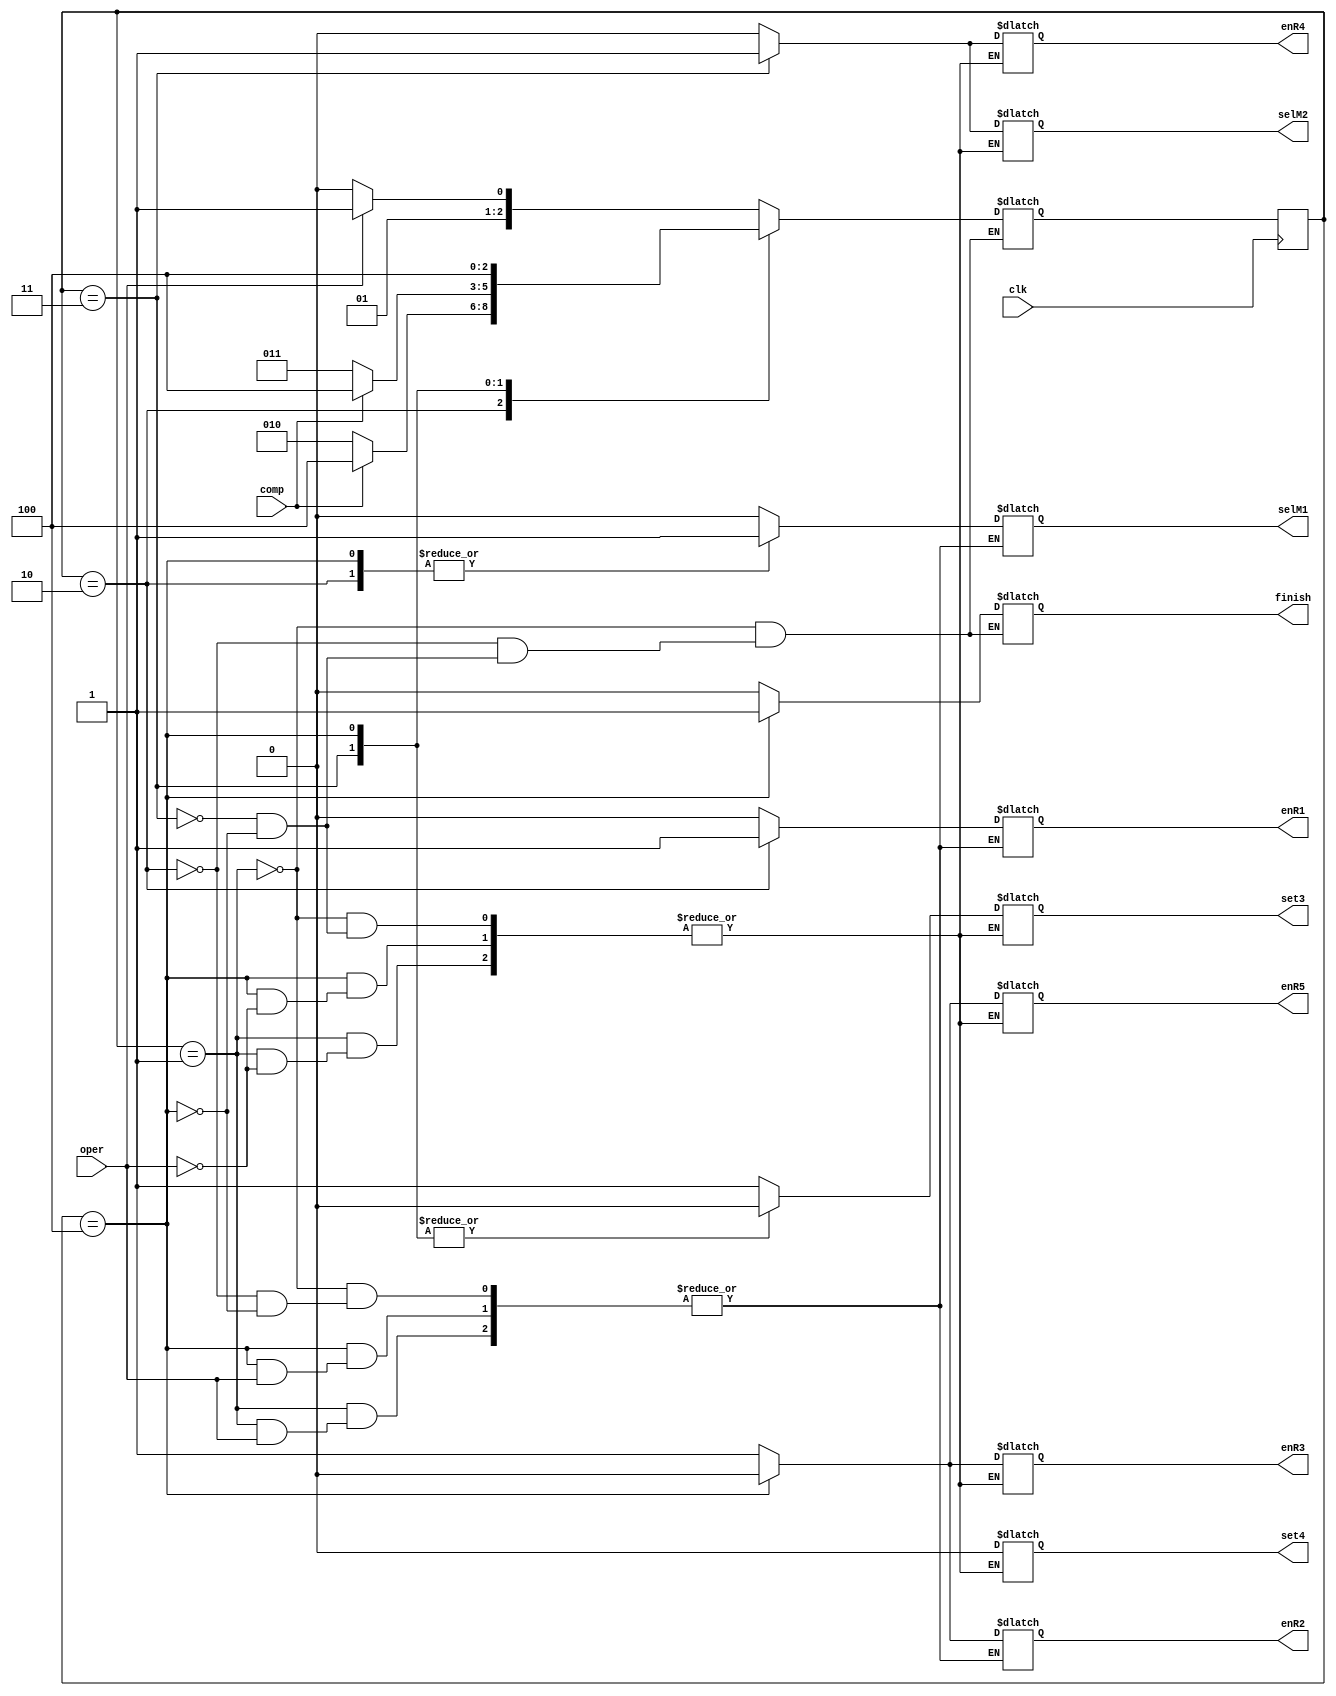
`timescale 1ns / 1ps
//////////////////////////////////////////////////////////////////////////////////
// Company: 
// Engineer: 
// 
// Design Name: 
// Module Name: control
// Project Name: 
// Target Devices: 
// Tool Versions: 
// Description: 
// 
// Dependencies: 
// 
// Revision:
// Revision 0.01 - File Created
// Additional Comments:
// 
//////////////////////////////////////////////////////////////////////////////////


module control(
    input clk,
    input comp,
    input oper,
    output reg selM1, //sumatoria
    output reg selM2,
    output reg set3,
    output reg set4,
    output reg enR1, //sumatoria
    output reg enR2, //sumatoria
    output reg enR3, 
    output reg enR4, 
    output reg enR5,
    output reg finish
    );
    parameter INICIO = 3'b001, SUMA = 3'b010, FIB = 3'b011, FIN = 3'b100;
    reg [2:0] estado_actual, estado_siguiente;
    
    initial estado_actual = INICIO;
    
    always @(posedge clk)
    estado_actual = estado_siguiente;
    
    always @(estado_actual,comp)
        case (estado_actual)
            INICIO: begin
                        if (oper ==0)
                            estado_siguiente = SUMA;
                        else
                            estado_siguiente = FIB;
                    end
            SUMA: begin
                    if (comp == 0)
                        estado_siguiente = SUMA;
                    else
                        estado_siguiente = FIN;
                  end
            FIB:  begin
                    if (comp == 0)
                        estado_siguiente = FIB;
                    else
                        estado_siguiente = FIN;
                  end
            FIN: estado_siguiente = FIN;
        endcase
        
    always @(estado_actual)
        case (estado_actual)
            INICIO: begin
                        if (oper==0)
                            begin
                                selM1 = 0;
                                enR1 = 0;
                                enR2 = 1;
                            end
                        else begin
                                selM2 = 0;
                                enR5 = 1;
                                set3 = 1;
                                set4 = 0;
                                enR3 = 1;
                                enR4 = 0;
                             end
                        finish = 0;
                    end
            SUMA:   begin
                     selM1 = 1;
                     enR1 = 1;
                     enR2 = 1;
                     finish = 0;
                    end
            FIB:   begin
                    selM2 = 1;
                    enR5 = 1;
                    set3 = 0;
                    set4 = 0;
                    enR3 = 1;
                    enR4 = 1;
                    finish = 0;
                   end                    
            FIN: begin
                  if (oper==0)
                        begin
                        selM1 = 1;
                        enR1 = 0;
                        enR2 = 0;
                        end
                        else begin
                                selM2 = 0;
                                enR5 = 0;
                                set3 = 0;
                                set4 = 0;
                                enR3 = 0;
                                enR4 = 0;
                             end
                        finish = 1;      
                 end
        endcase
endmodule